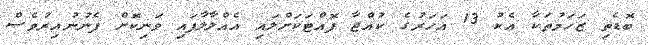
ބޮޑެތި ޒަހަމުތަކާ އެކު 13 އަހަރުގެ ކުއްޖާ ފޮއްޓަކަށްލައި އެއްލާލާފައި ވަނިކޮށް ފެނުނުއިރުވެސް